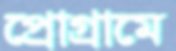
প্রোগ্রামে